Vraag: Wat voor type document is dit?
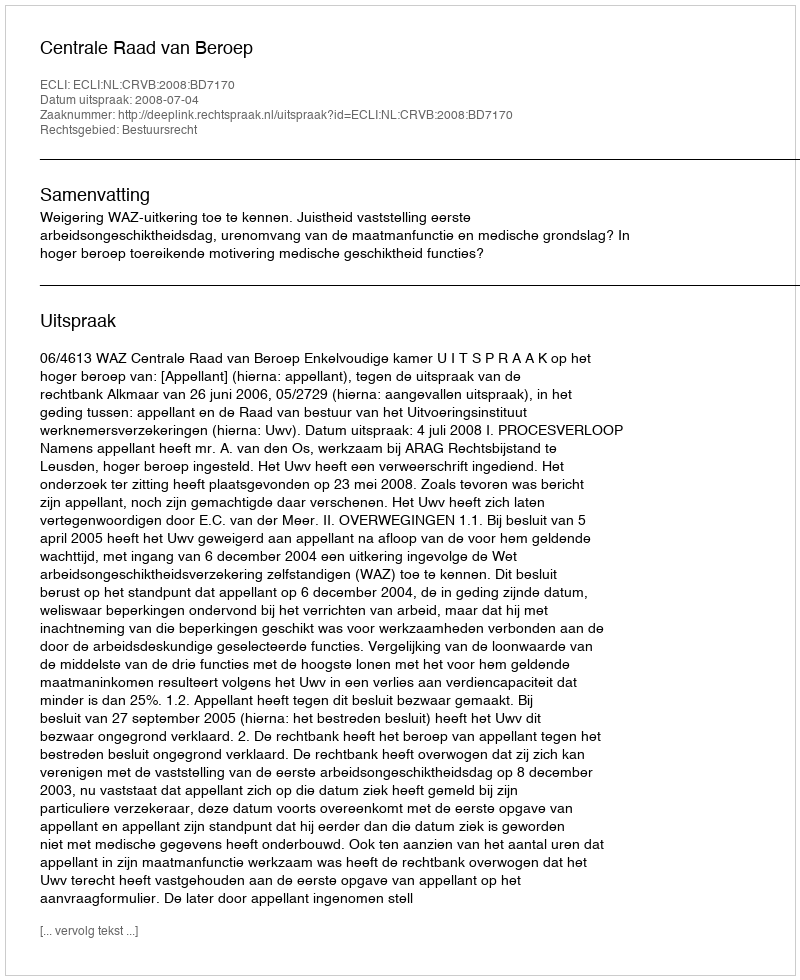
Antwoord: Uitspraak